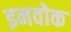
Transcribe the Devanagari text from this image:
इनवोक